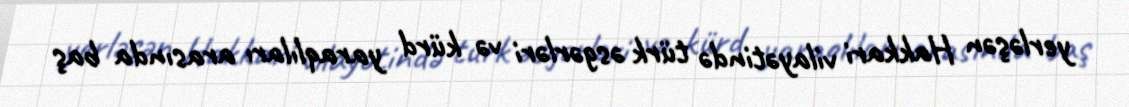
yerləşən Hakkari vilayətində türk əsgərləri və kürd yaraqlıları arasında baş